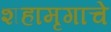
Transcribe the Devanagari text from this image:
शहामृगाचे